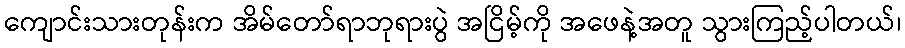
ကျောင်းသားတုန်းက အိမ်တော်ရာဘုရားပွဲ အငြိမ့်ကို အဖေနဲ့အတူ သွားကြည့်ပါတယ်၊